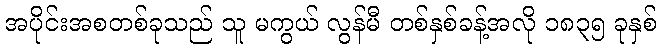
အပိုင်းအစတစ်ခုသည် သူ မကွယ် လွန်မီ တစ်နှစ်ခန့်အလို ၁၈၃၅ ခုနှစ်